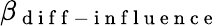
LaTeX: \beta_{\mathrm{~d~i~f~f~-~i~n~f~l~u~e~n~c~e~}}